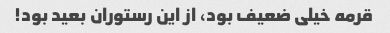
قرمه خیلی ضعیف بود، از این رستوران بعید بود!